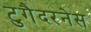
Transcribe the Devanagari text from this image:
टुगैदरनेस